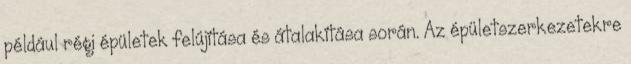
például régi épületek felújítása és átalakítása során. Az épületszerkezetekre